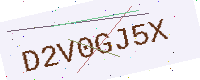
Text: D2V0GJ5X